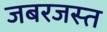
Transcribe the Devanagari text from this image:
जबरजस्त